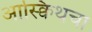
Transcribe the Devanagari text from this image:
आस्क्विथचा